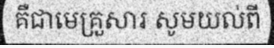
គឺជាមេគ្រួសារ សូមយល់ពី